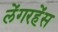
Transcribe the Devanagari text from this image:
लेंगरहेंस